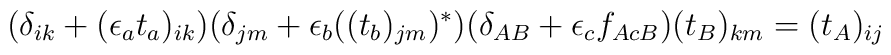
(\delta_{ik}+(\epsilon_at_a)_{ik})(\delta_{jm}+\epsilon_b((t_b)_{jm})^\ast)(\delta_{AB}+\epsilon_cf_{AcB})(t_B)_{km}=(t_A)_{ij}